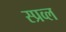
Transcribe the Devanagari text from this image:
स्प्रव्ल